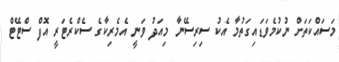
މަސައްކަތަށް ނުކުމެވަޑައިގަތުމާ އެކު ސިރިސޭނާ މިއަދު ވަނީ އެމެރިކާގެ ސެކްރެޓަރީ އޮފް ސްޓޭޓް